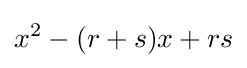
x^{2}-(r+s)x+rs